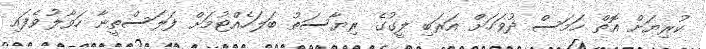
ކުރިޔަށް އޮތް ހަމަސް ދުވަހަށް އަރަބި ލީގުގެ ރިޔާސަތު ބަލަހެއްޓުމަށް ފަލަސްތީނާ ހަވާލުވެފައި